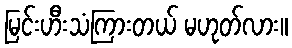
မြင်းဟီးသံကြားတယ် မဟုတ်လား။